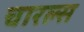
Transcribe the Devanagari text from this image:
चारल्स